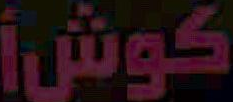
كوش